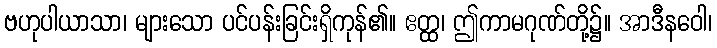
ဗဟုပါယာသာ၊ များသော ပင်ပန်းခြင်းရှိကုန်၏။ ဧတ္ထ၊ ဤကာမဂုဏ်တို့၌။ အာဒီနဝေါ၊